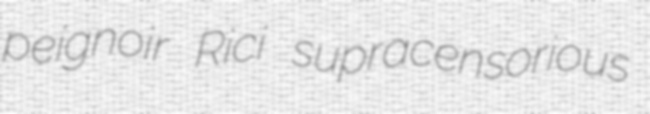
peignoir Rici supracensorious